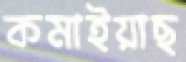
কমাইয়াছ